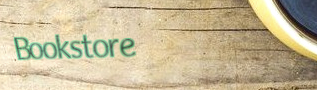
Bookstore